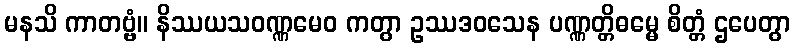
မနသိ ကာတဗ္ဗံ။ နိဿယသဝဏ္ဏမေဝ ကတွာ ဥဿဒဝသေန ပဏ္ဏတ္တိဓမ္မေ စိတ္တံ ဌပေတွာ